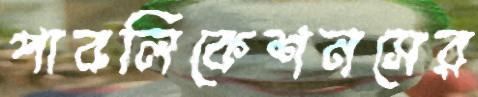
পাবলিকেশনসের